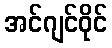
အင်ဂျင်ဝိုင်